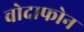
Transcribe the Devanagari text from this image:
वोदाफोन